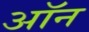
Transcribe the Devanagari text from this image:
अॉन